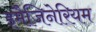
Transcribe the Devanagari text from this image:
इमैजिनेरियम